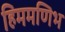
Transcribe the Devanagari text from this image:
हिममणिभ